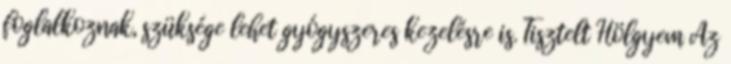
foglalkoznak, szüksége lehet gyógyszeres kezelésre is. Tisztelt Hölgyem Az